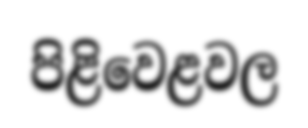
පිළිවෙළවල